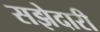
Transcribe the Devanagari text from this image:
सझेदारी